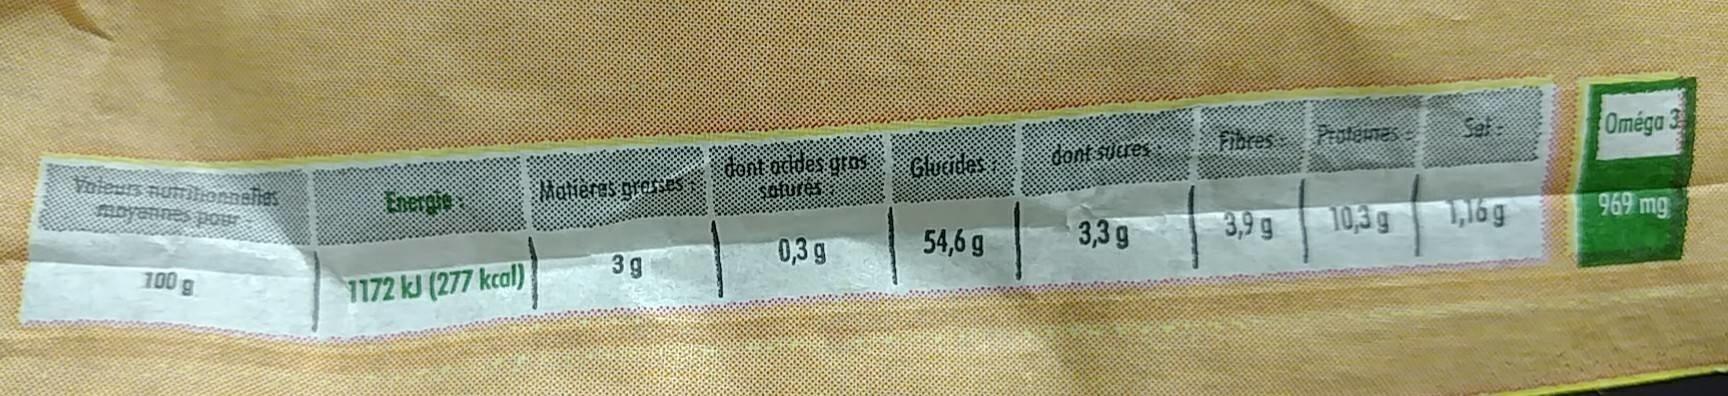
Omega Sal utenes fitres ont sueres ont oddes gros Solures Gluetdes Voreurs numiennelias movennes p0ur eteras grases Enerale 969 mg 1,16 g 10,3g 3,9 g 3,3 g 54,6 g 0,3g 3g 700 172 kJ (277 kcal)